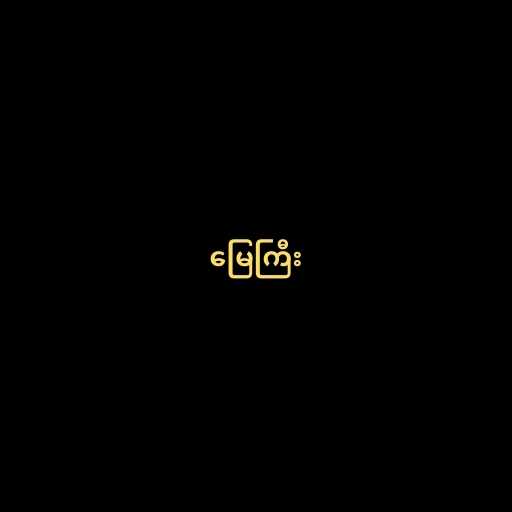
မြေကြီး